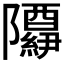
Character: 𬯢